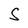
Character: S